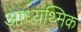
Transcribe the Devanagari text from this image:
आध्यथ्मिक